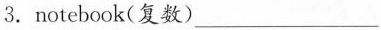
3. notebook(复数)___